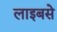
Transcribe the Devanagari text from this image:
लाइबसे